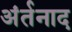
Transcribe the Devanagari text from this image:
अंर्तनाद